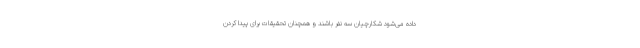
داده می‌شود شکارچیان سه نفر باشند و همچنان تحقیقات برای پیدا کردن